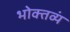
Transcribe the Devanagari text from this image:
भोक्तव्यं